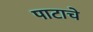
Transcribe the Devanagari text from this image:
पाटाचे